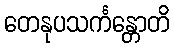
တေနုပသင်္ကန္တောတိ